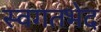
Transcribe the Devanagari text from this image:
स्वगतभेद